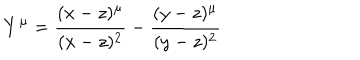
LaTeX: Y ^ { \mu } = \frac { ( x - z ) ^ { \mu } } { ( x - z ) ^ { 2 } } - \frac { ( y - z ) ^ { \mu } } { ( y - z ) ^ { 2 } }